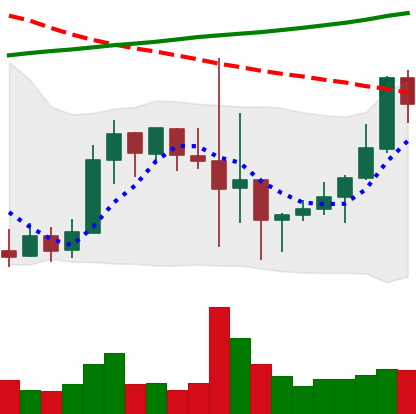
Ticker: LINK-USD
Chart end date: 2019-10-03
Forward return: 32.14%
Label: up_7plus